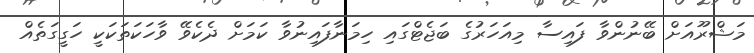
މަޝްރޫއަށް ބޭނުންވާ ފައިސާ މިއަހަރުގެ ބަޖެޓްގައި ހިމަނާފައިނުވާ ކަމަށް ދެކެވޭ ވާހަކަތަކަކީ ހަގީގަތެއް